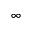
\infty